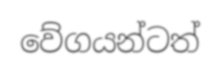
වේගයන්ටත්